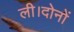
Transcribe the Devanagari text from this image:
ली।दोनों